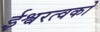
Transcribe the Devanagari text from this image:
ईश्वरत्वको